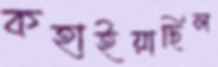
কহাইয়াছিল